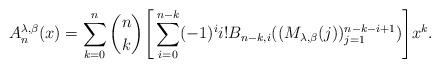
LaTeX: \begin{align*}A_{n}^{\lambda,\beta}(x)=\sum_{k=0}^{n}\binom{n}{k}\Bigg[\sum_{i=0}^{n-k}(-1)^{i}i!B_{n-k,i}((M_{\lambda,\beta}(j))_{j=1}^{n-k-i+1})\Bigg]x^{k}.\end{align*}